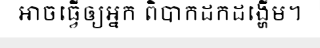
អាចធ្វើឲ្យអ្នក ពិបាកដកដង្ហើម។